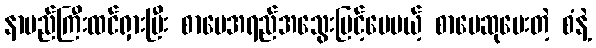
နာမည်ကြီးထင်ရှားပြီး စာပေအရည်အသွေးမြင့်ပေမယ့် စာပေဆုပေးတဲ့ စံနဲ့